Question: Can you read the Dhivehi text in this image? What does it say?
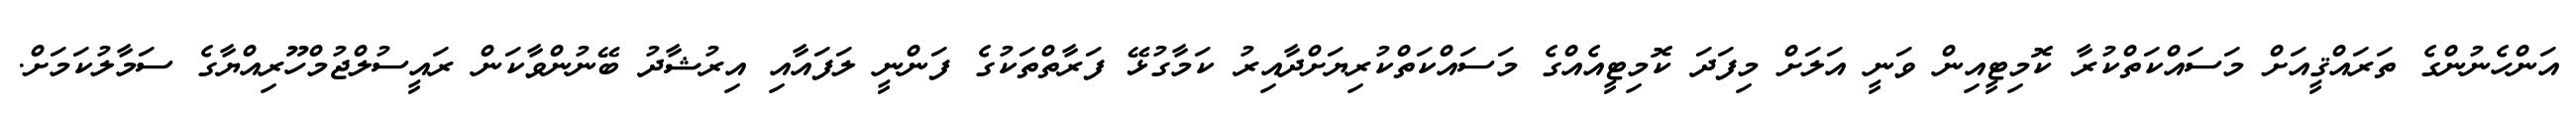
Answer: އަންހެނުންގެ ތަރައްޤީއަށް މަސައްކަތްކުރާ ކޮމިޓީއިން ވަނީ އަލަށް މިފަދަ ކޮމިޓީއެއްގެ މަސައްކަތްކުރިޔަށްދާއިރު ކަމާގުޅޭ ފަރާތްތަކުގެ ފަންނީ ލަފައާއި އިރުޝާދު ބޭނުންވާކަން ރައީސުލްޖުމްހޫރިއްޔާގެ ސަމާލުކަމަށް.